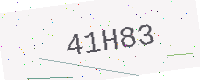
Text: 41H83